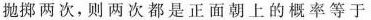
抛掷两次，则两次都是正面朝上的概率等于